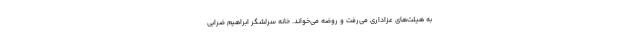
به هیئت‌های عزاداری می‌رفت و روضه می‌خواند. خانه سرلشگر ابراهیم ضرابی